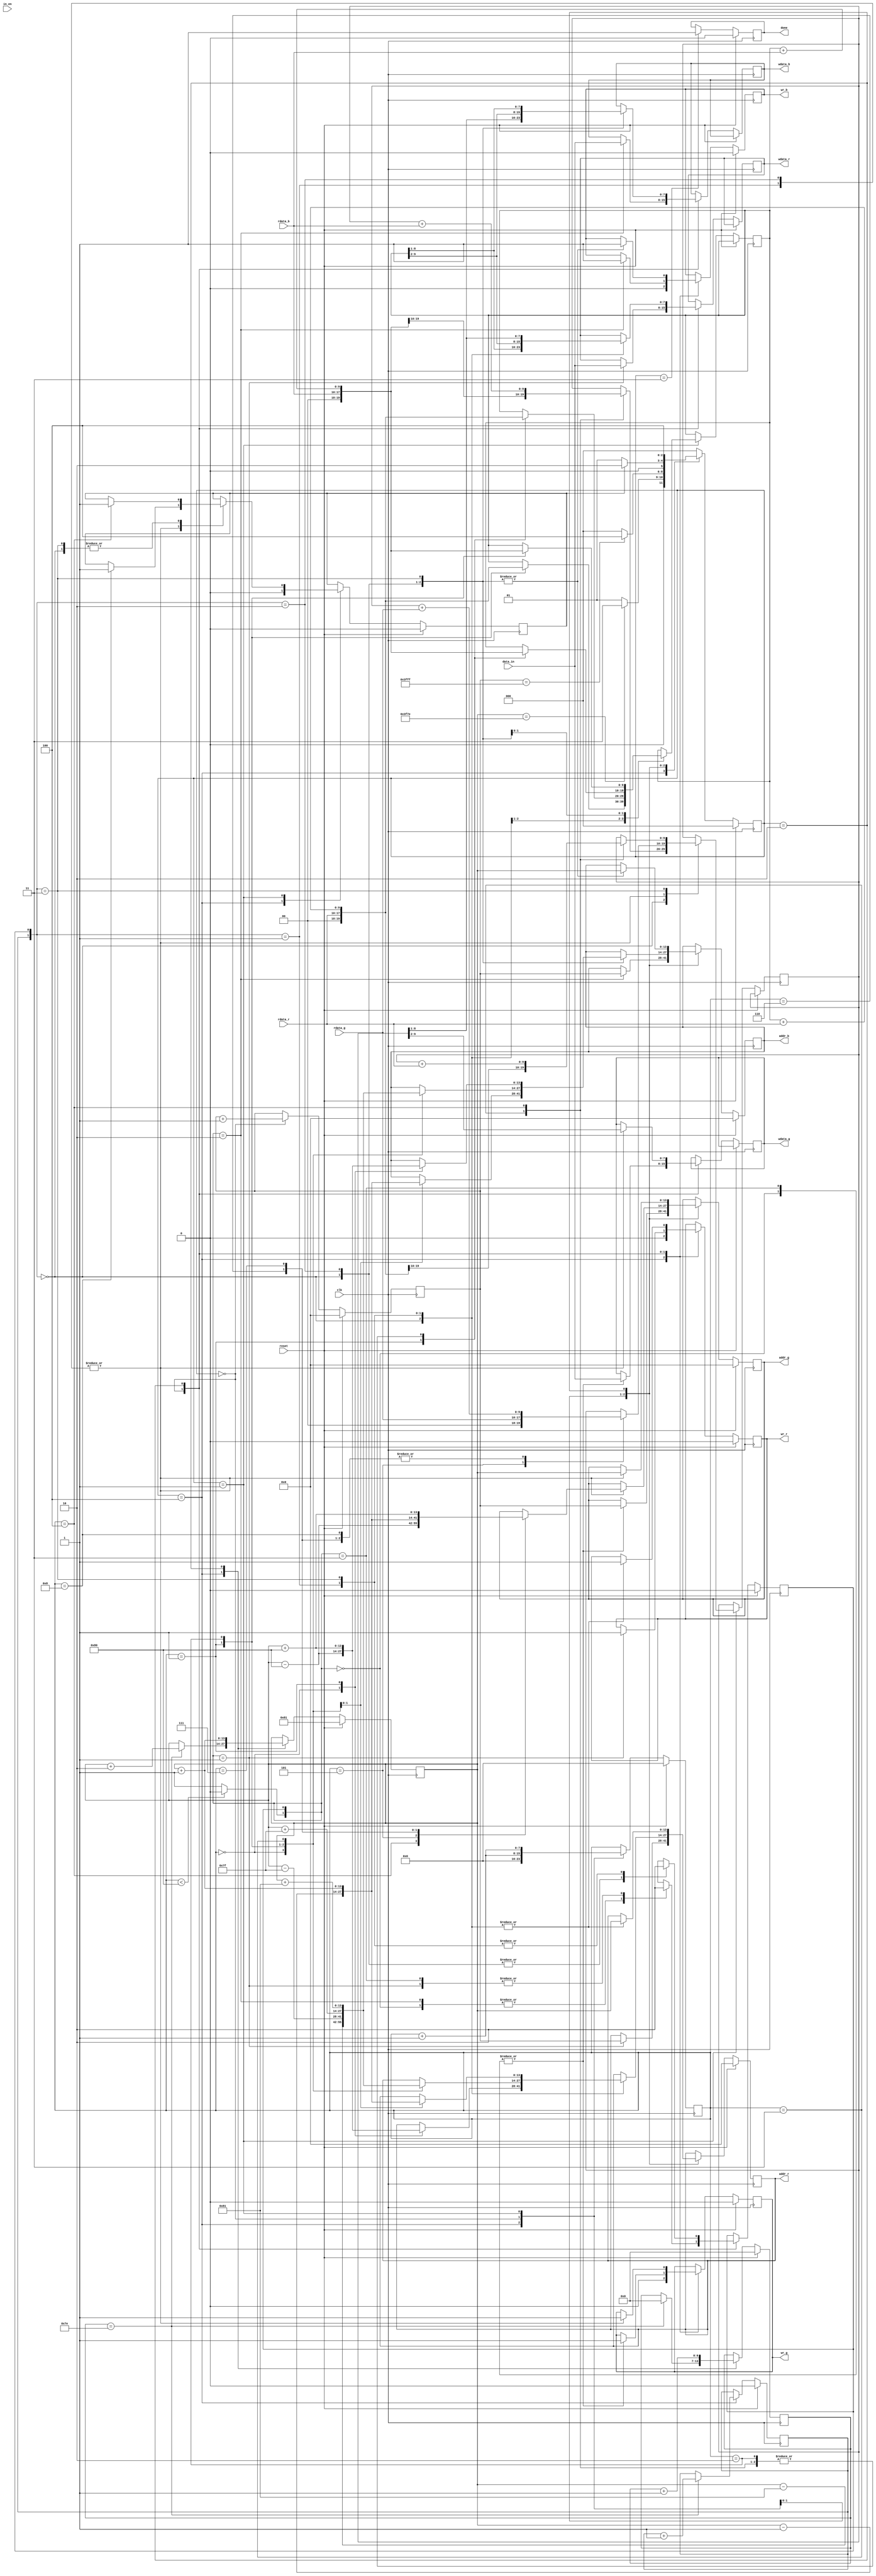
module demosaic(clk, reset, in_en, data_in, wr_r, addr_r, wdata_r, rdata_r, wr_g, addr_g, wdata_g, rdata_g, wr_b, addr_b, wdata_b, rdata_b, done);
input clk;
input reset;
input in_en;
input [7:0] data_in;
output reg wr_r;
output reg [13:0] addr_r;
output reg [7:0] wdata_r;
input [7:0] rdata_r;
output reg wr_g;
output reg [13:0] addr_g;
output reg [7:0] wdata_g;
input [7:0] rdata_g;
output reg wr_b;
output reg [13:0] addr_b;
output reg [7:0] wdata_b;
input [7:0] rdata_b;
output  reg done;


reg [2:0] state, nextstate;
reg [7:0] count;
reg [6:0] wr_count;
reg [13:0] addr, center;
reg odd, select, row, o;
reg [9:0] temp [0:1];

localparam READ_DATA = 0;
localparam Demosaicing = 1;
localparam Write = 2;
localparam Finish = 3;
localparam IDLE = 4;

always @(posedge clk) begin
    if(reset) state <= READ_DATA;
    else state <= nextstate;
end

//next state logic
always @(*) begin
    case (state)
        IDLE : nextstate = (center == 16254)? Finish: Demosaicing;
        READ_DATA: nextstate = (addr == 16383)? IDLE: READ_DATA;
        Demosaicing: nextstate = (o == 1'd1)? Write: Demosaicing;
        Write: nextstate = IDLE;
        default: nextstate = READ_DATA;
    endcase
end

//main sequential circuit
always @(posedge clk) begin
    if (reset) begin
        done <= 1'd0;
        wr_r <= 1'd0;
        wr_g <= 1'd0;
        wr_b <= 1'd0;
        addr_r <= 14'd0;
        addr_g <= 14'd0;
        addr_b <= 14'd0;
        addr <= 14'd0;
        count <= 8'd0;
        wr_count <= 7'd0;
        row <= 1'd0;
        select <= 1'd0;
        center <= 14'd129;
        o <= 1'd0;
    end
    else begin
        case (state)
            IDLE: begin
                wr_r <= 1'd0;
                wr_g <= 1'd0;
                wr_b <= 1'd0;
                count <= 8'd0;
                o <= 1'd0;
                if (wr_count == 126) begin
                    center <= center + 2;
                    row <= row + 1'd1;
                    wr_count <= 0;
                end
            end
            READ_DATA: begin
                count <= count + 1'd1;
                addr <= addr + 1'd1;
                case ({odd, select})
                    2'b00: begin
                        wr_g <= 1'd1;
                        addr_g <= addr;
                        wdata_g <= data_in;
                        select <= 1'd1;
                    end 
                    2'b01: begin
                        wr_r <= 1'd1;
                        addr_r <= addr;
                        wdata_r <= data_in;
                        select <= 1'd0;
                    end
                    2'b10: begin
                        wr_b <= 1'd1;
                        addr_b <= addr;
                        wdata_b <= data_in;
                        select <= 1'd1;
                    end
                    2'b11: begin
                        wr_g <= 1'd1;
                        addr_g <= addr;
                        wdata_g <= data_in;
                        select <= 1'd0;
                    end
                endcase
            end
            Demosaicing: begin
                count <= count + 1;
                case ({row, select})
                    2'b00: begin
                        case (count)
                            0: addr_r <= center - 128; 
                            1: begin
                                addr_r <= center + 128;
                                temp[0] <= rdata_r;
                            end
                            2: begin
                                addr_b <= center - 1;
                                temp[0] <= temp[0] + rdata_r;
                            end
                            3: begin
                                addr_b <= center + 1;
                                temp[1] <= rdata_b;
                            end
                            4: begin
                                temp[1] <= temp[1] + rdata_b;
                                o <= 1'd1;
                            end
                        endcase
                    end 
                    2'b01: begin
                        case (count)
                            0: addr_r <= center - 129; 
                            1: begin
                                addr_r <= center -127;
                                temp[0] <= rdata_r;
                            end
                            2: begin
                                addr_r <= center + 127;
                                temp[0] <= temp[0] + rdata_r;
                            end
                            3: begin
                                addr_r <= center + 129;
                                temp[0] <= temp[0] + rdata_r;
                            end
                            4: begin
                                addr_g <= center - 128;
                                temp[0] <= temp[0] + rdata_r;
                            end
                            5: begin
                                addr_g <= center - 1;
                                temp[1] <= rdata_g;
                            end
                            6: begin
                                addr_g <= center + 1;
                                temp[1] <= temp[1] + rdata_g;
                            end
                            7: begin
                                addr_g <= center + 128;
                                temp[1] <= temp[1] + rdata_g;
                            end
                            8: begin
                                temp[1] <= temp[1] + rdata_g;
                                o <= 1'd1;
                            end
                        endcase
                    end
                    2'b10: begin
                        case (count)
                            0: addr_b <= center - 129; 
                            1: begin
                                addr_b <= center -127;
                                temp[0] <= rdata_b;
                            end
                            2: begin
                                addr_b <= center + 127;
                                temp[0] <= temp[0] + rdata_b;
                            end
                            3: begin
                                addr_b <= center + 129;
                                temp[0] <= temp[0] + rdata_b;
                            end
                            4: begin
                                addr_g <= center - 128;
                                temp[0] <= temp[0] + rdata_b;
                            end
                            5: begin
                                addr_g <= center - 1;
                                temp[1] <= rdata_g;
                            end
                            6: begin
                                addr_g <= center + 1;
                                temp[1] <= temp[1] + rdata_g;
                            end
                            7: begin
                                addr_g <= center + 128;
                                temp[1] <= temp[1] + rdata_g;
                            end
                            8: begin
                                temp[1] <= temp[1] + rdata_g;
                                o <= 1'd1;
                            end
                        endcase
                    end
                    2'b11: begin
                        case (count)
                            0: addr_b <= center - 128; 
                            1: begin
                                addr_b <= center + 128;
                                temp[0] <= rdata_b;
                            end
                            2: begin
                                addr_r <= center - 1;
                                temp[0] <= temp[0] + rdata_b;
                            end
                            3: begin
                                addr_r <= center + 1;
                                temp[1] <= rdata_r;
                            end
                            4: begin
                                temp[1] <= temp[1] + rdata_r;
                                o <= 1'd1;
                            end
                        endcase
                    end 
                endcase        
            end
            Write: begin
                wr_count <= wr_count + 1'd1;
                center <= center + 1;
                case ({row, select})
                    2'b00: begin
                        wr_r <= 1'd1;
                        wr_b <= 1'd1;
                        addr_r <= center;
                        addr_b <= center;
                        wdata_r <= temp[0] >> 1;
                        wdata_b <= temp[1] >> 1;
                        select <= 1'd1;
                    end 
                    2'b01: begin
                        wr_r <= 1'd1;
                        wr_g <= 1'd1;
                        addr_r <= center;
                        addr_g <= center;
                        wdata_r <= temp[0] >> 2;
                        wdata_g <= temp[1] >> 2;
                        select <= 1'd0;
                    end
                    2'b10: begin
                        wr_b <= 1'd1;
                        wr_g <= 1'd1;
                        addr_b <= center;
                        addr_g <= center;
                        wdata_b <= temp[0] >> 2;
                        wdata_g <= temp[1] >> 2;
                        select <= 1'd1;
                    end
                    2'b11: begin
                        wr_b <= 1'd1;
                        wr_r <= 1'd1;
                        addr_b <= center;
                        addr_r <= center;
                        wdata_b <= temp[0] >> 1;
                        wdata_r <= temp[1] >> 1;
                        select <= 1'd0;
                    end 
                endcase
            end
            Finish: begin
                done <= 1'd1;
            end 
        endcase
    end
end

always @(*) begin
    if (count < 8'd128) begin
        odd = 1'd0;
    end
    else begin
        odd = 1'd1;
    end
end

endmodule